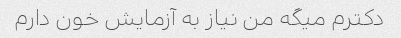
دکترم میگه من نیاز به آزمایش خون دارم